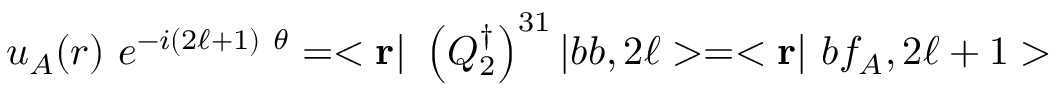
u _ { A } ( { r } ) \ e ^ { - i ( 2 \ell + 1 ) \ \theta } = < { \bf r } | \ \left( Q _ { 2 } ^ { \dagger } \right) ^ { 3 1 } | b b , 2 \ell > = < { \bf r } | \ b f _ { A } , 2 \ell + 1 >